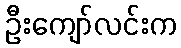
ဦးကျော်လင်းက